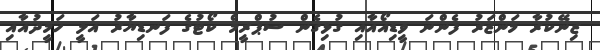
ޒިނޭކުރާ މަންޒަރު ފެންނަ ވީޑިއޯއާއި ގުޅިގެން ސުޕްރީމް ކޯޓުގެ ފަނޑިޔާރު އަލީ ހަމީދުއާއި